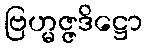
ဗြဟ္မဇ္ဇဒိဋ္ဌော